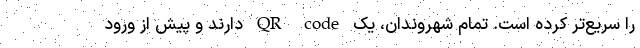
را سریع‌تر کرده است. تمام شهروندان، یک QR code دارند و پیش از ورود